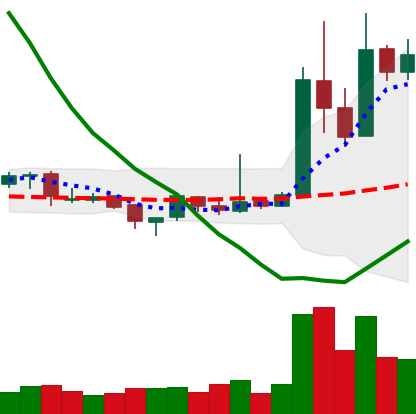
Ticker: XRP-USD
Chart end date: 2019-04-07
Forward return: -9.312%
Label: down_7plus